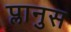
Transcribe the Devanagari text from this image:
प्लानुस